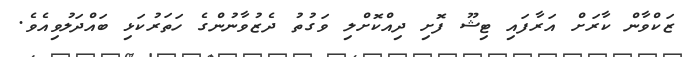
ޒަކްވާން ކާރަށް އަރާފައި ޓިޝޫ ފޮށި ދިއްކޮށްލި ވަގުތު ދެޒުވާނުންގެ ހަތަރުކަޅި ބައްދަލުވިއެވެ.